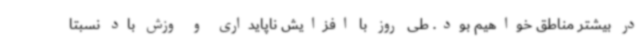
در بیشتر مناطق خواهیم بود. طی روز با افزایش ناپایداری و وزش باد نسبتا